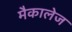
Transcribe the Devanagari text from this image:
मैकालेज